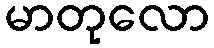
မာတုလော